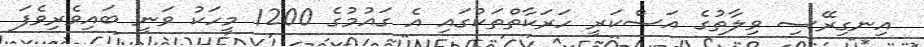
އިނގިރޭސި ވިލާތުގެ އަސްކަރީ ހަރަކާތްތަކުގައި އެ ގައުމުގެ 1200 މީހަކު ވަނީ ބައިވެރިވެފަ